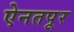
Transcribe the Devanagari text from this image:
ऐनतपूर